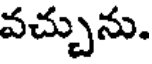
వచ్చును.